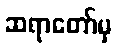
ဆရာတော်မှ